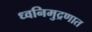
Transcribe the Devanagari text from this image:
ध्वनिमुद्रणात